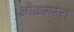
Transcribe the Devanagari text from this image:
ओढग्रस्त